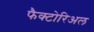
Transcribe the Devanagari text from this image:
फैक्टोरिअल